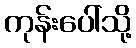
ကုန်းပေါ်သို့